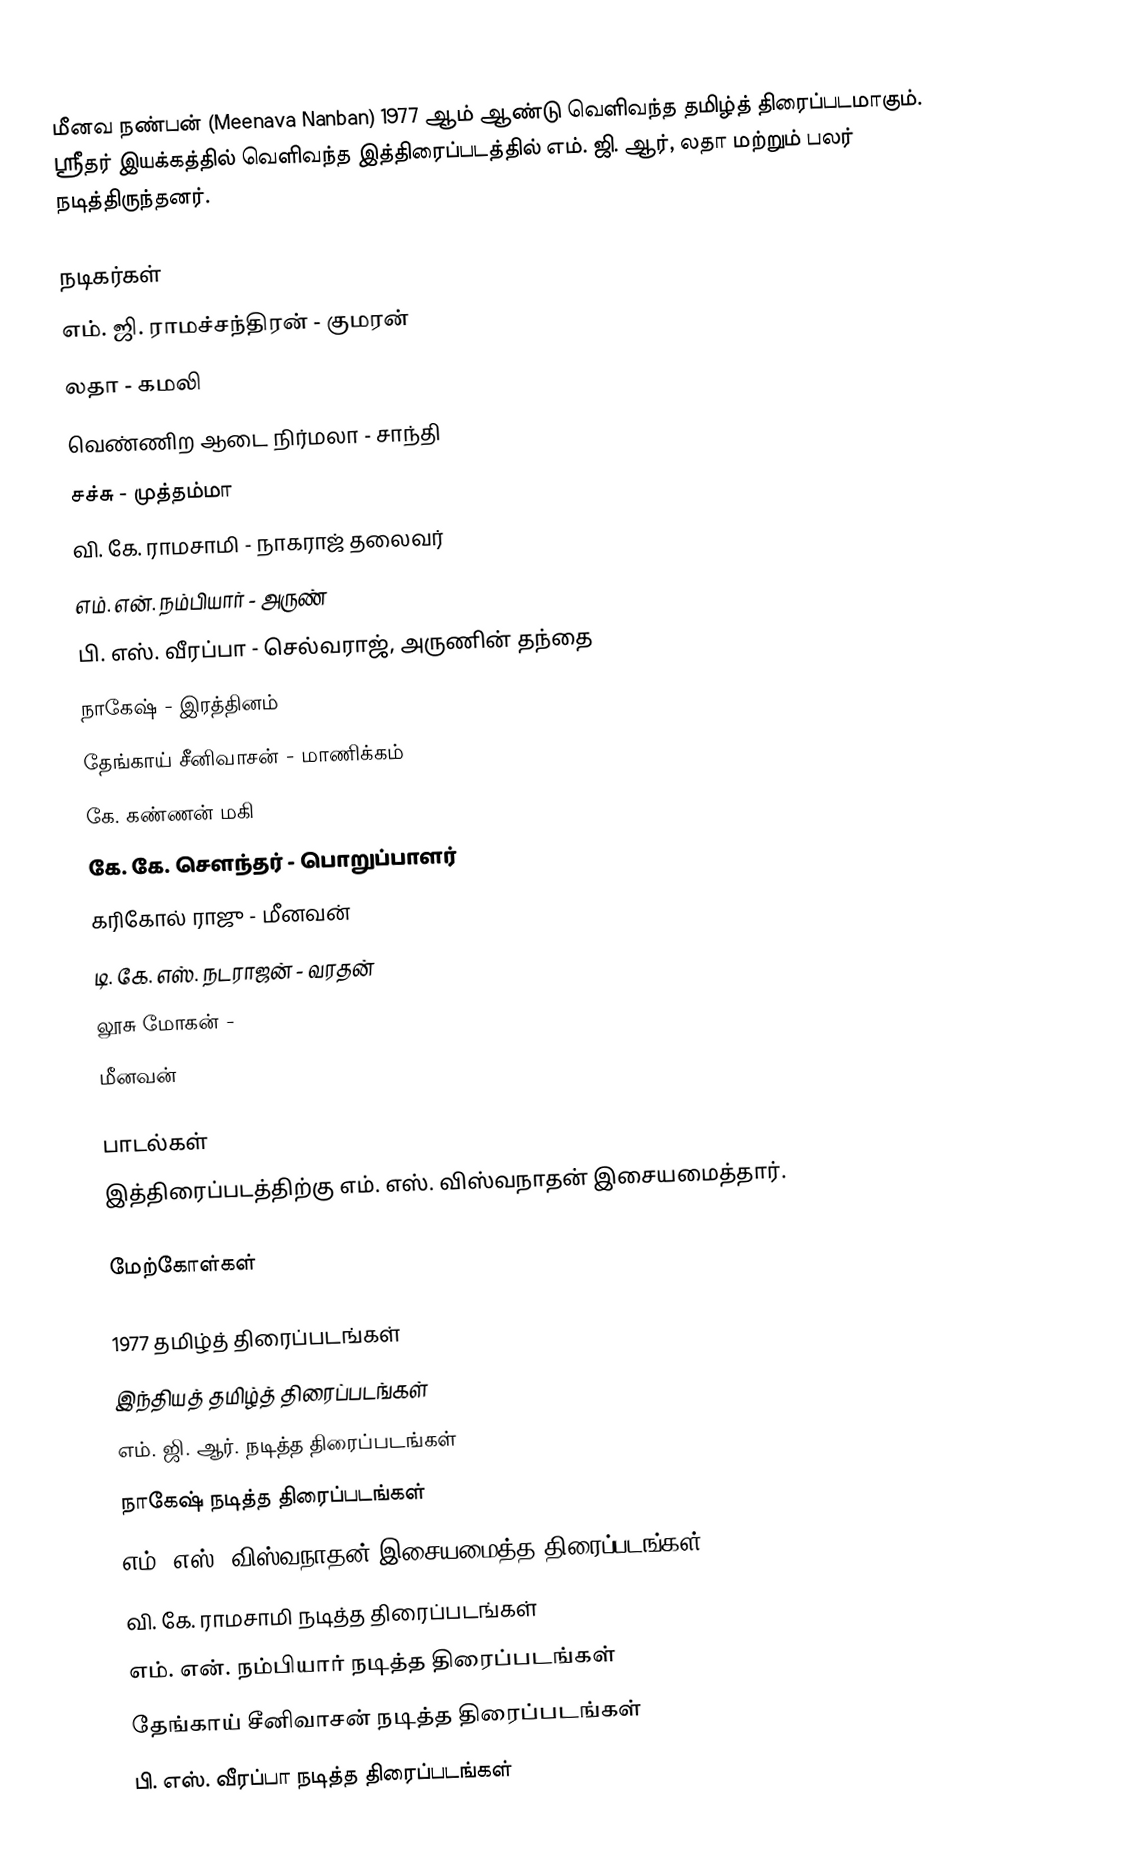
மீனவ நண்பன் (Meenava Nanban) 1977 ஆம் ஆண்டு வெளிவந்த தமிழ்த் திரைப்படமாகும். ஸ்ரீதர் இயக்கத்தில் வெளிவந்த இத்திரைப்படத்தில் எம். ஜி. ஆர், லதா மற்றும் பலர் நடித்திருந்தனர்.

நடிகர்கள்
 எம். ஜி. ராமச்சந்திரன் - குமரன்
 லதா - கமலி
 வெண்ணிற ஆடை நிர்மலா - சாந்தி
 சச்சு - முத்தம்மா 
 வி. கே. ராமசாமி - நாகராஜ் தலைவர்
 எம். என். நம்பியார் - அருண்
 பி. எஸ். வீரப்பா - செல்வராஜ், அருணின் தந்தை
 நாகேஷ் - இரத்தினம்
 தேங்காய் சீனிவாசன் - மாணிக்கம்
 கே. கண்ணன் மகி
 கே. கே. சௌந்தர் - பொறுப்பாளர் 
 கரிகோல் ராஜு - மீனவன்
 டி. கே. எஸ். நடராஜன் - வரதன் 
 லூசு மோகன் -
மீனவன்

பாடல்கள்
இத்திரைப்படத்திற்கு எம். எஸ். விஸ்வநாதன் இசையமைத்தார்.

மேற்கோள்கள்

1977 தமிழ்த் திரைப்படங்கள்
இந்தியத் தமிழ்த் திரைப்படங்கள்
எம். ஜி. ஆர். நடித்த திரைப்படங்கள்
நாகேஷ் நடித்த திரைப்படங்கள்
எம். எஸ். விஸ்வநாதன் இசையமைத்த திரைப்படங்கள்
வி. கே. ராமசாமி நடித்த திரைப்படங்கள்
எம். என். நம்பியார் நடித்த திரைப்படங்கள்
தேங்காய் சீனிவாசன் நடித்த திரைப்படங்கள்
பி. எஸ். வீரப்பா நடித்த திரைப்படங்கள்